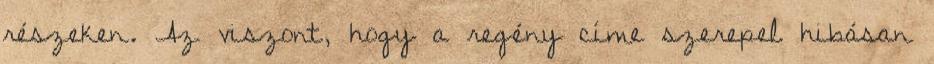
részeken. Az viszont, hogy a regény címe szerepel hibásan